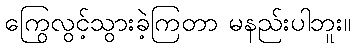
ကြွေလွင့်သွားခဲ့ကြတာ မနည်းပါဘူး။